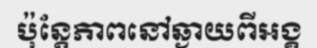
ប៉ុន្តែភាពនៅឆ្ងាយពីអង្គ